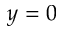
y = 0